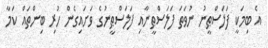
އެ ބިމަކީ ފަލަސްޠީނު ނުވަތަ ފަލަސްޠީނާއި ފަލަސްޠީނުގެ ވަށައިގެން ހުރި ބިންތައް ކަމާ